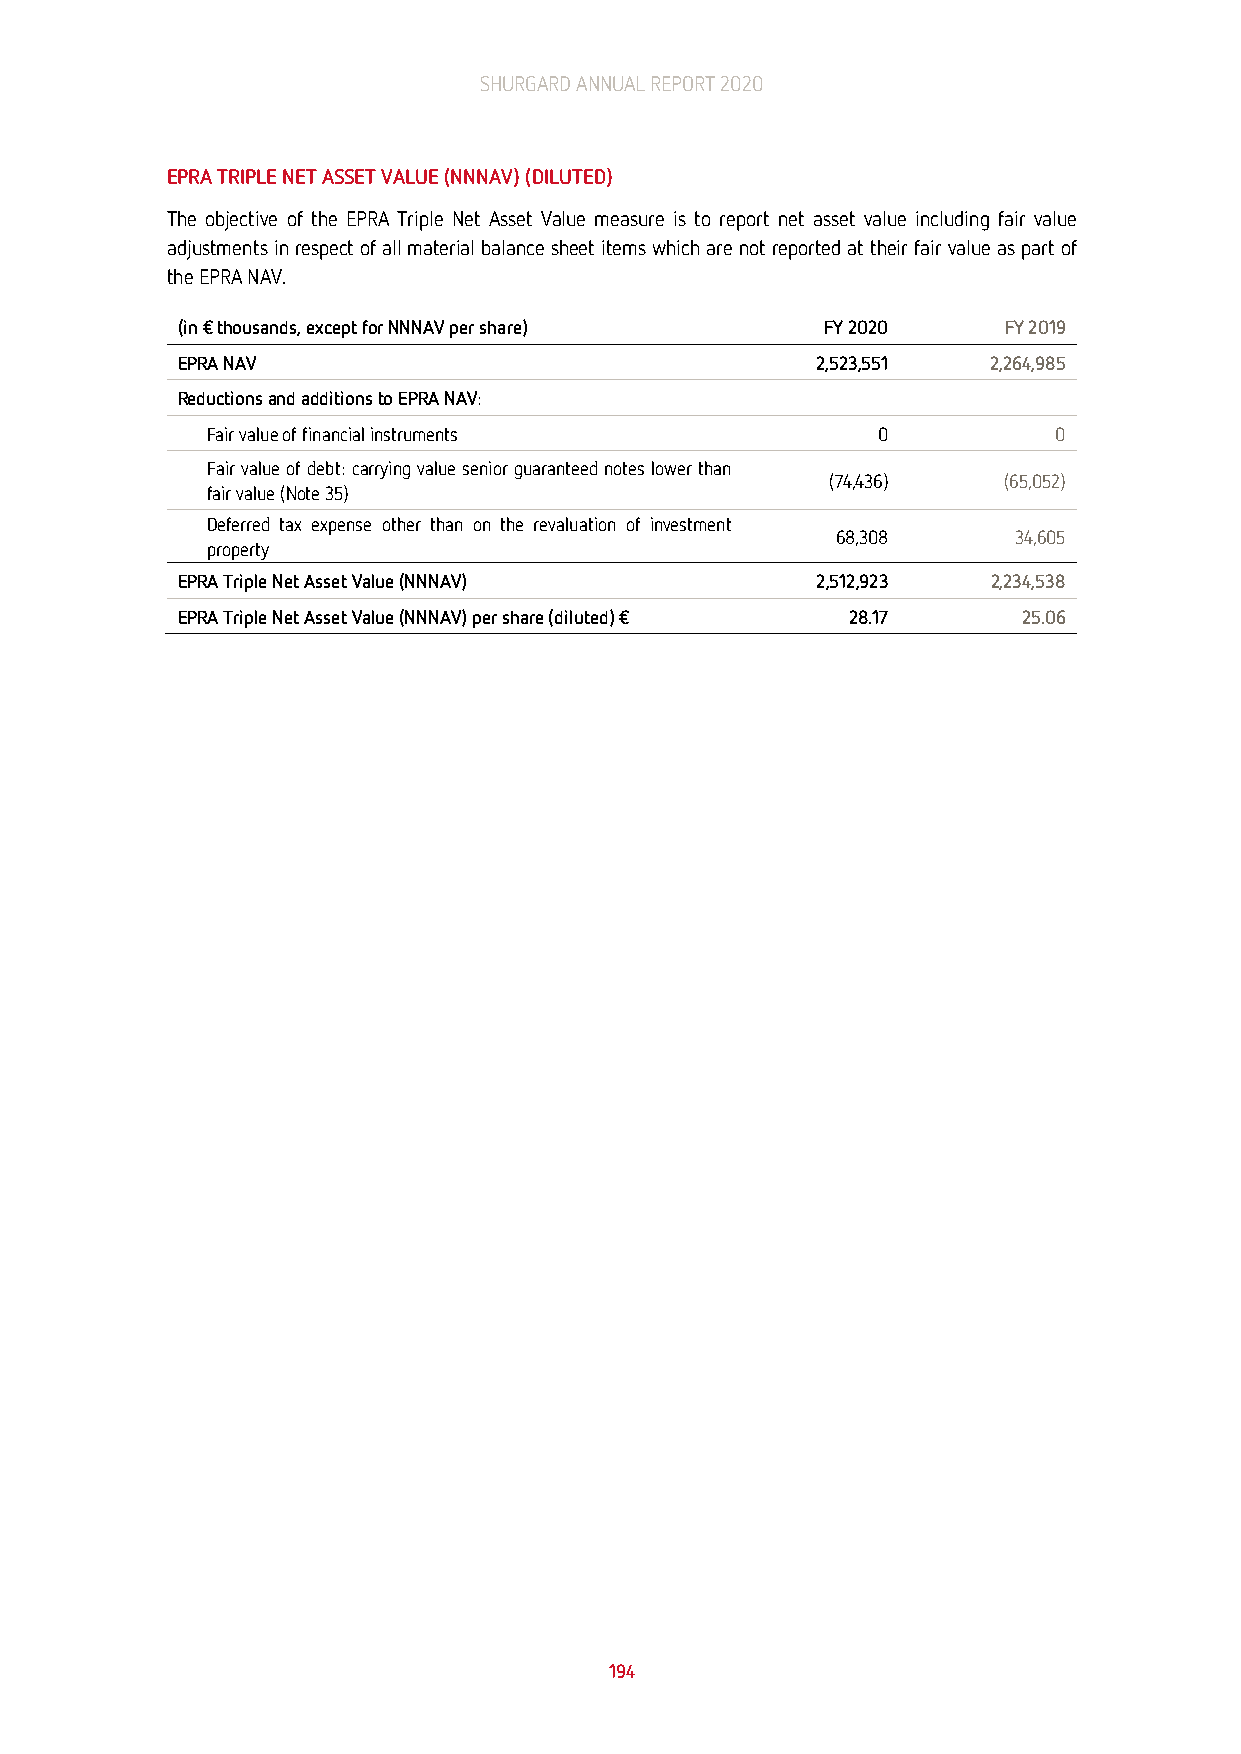
SHURGARD ANNUAL REPORT 2020
 EPRA TRIPLE NET ASSET VALUE (NNNAV) (DILUTED)
 The objective of the EPRA Triple Net Asset Value measure is to report net asset value including fair value
 adjustments in respect of all material balance sheet items which are not reported at their fair value as part of
 the EPRA NAV.
 (in € thousands, except for NNNAV per share) FY 2020  FY 2019
 EPRA NAV                                  2,523,551   2,264,985
 Reductions and additions to EPRA NAV:
 Fair value of financial instruments         0           0
 Fair value of debt: carrying value senior guaranteed notes lower than
 (74,436)   (65,052)
 fair value (Note 35)
 Deferred tax expense other than on the revaluation of investment
 68,308      34,605
 property
 EPRA Triple Net Asset Value (NNNAV)       2,512,923   2,234,538
 EPRA Triple Net Asset Value (NNNAV) per share (diluted) € 28.17 25.06
 194